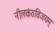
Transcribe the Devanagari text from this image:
नीलकंठविजयम्